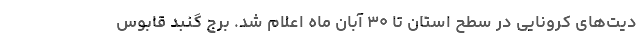
دیت‌های کرونایی در سطح استان تا ۳۰ آبان ماه اعلام شد. برج گنبد قابوس